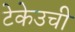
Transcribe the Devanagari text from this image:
टेकेउची